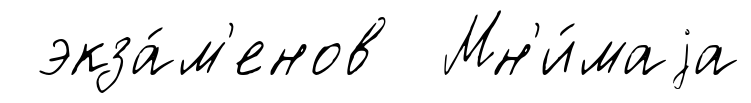
экза́м'енов Мн'и́маjа